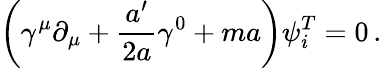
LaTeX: \left(\gamma^{\mu}\partial_{\mu}+\frac{a^{\prime}}{2a}\gamma^{0}+ma\right)\psi_{i}^{T}=0\, .